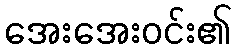
အေးအေးဝင်း၏